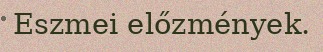
Eszmei előzmények.